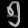
Digit: ၅